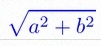
\sqrt{a^2+b^2}